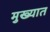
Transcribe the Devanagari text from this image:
मुख्यात